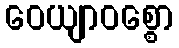
ဝေယျာဝစ္စော